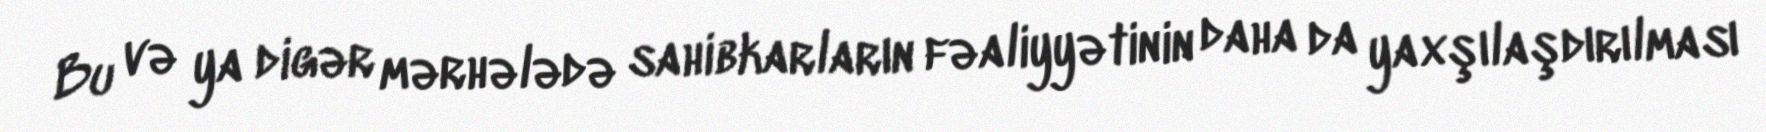
Bu və ya digər mərhələdə sahibkarların fəaliyyətinin daha da yaxşılaşdırılması